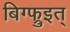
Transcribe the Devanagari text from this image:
बिग्फ्रुइत्